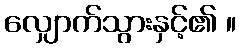
လျှောက်သွားနှင့်၏ ။